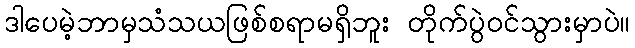
ဒါပေမဲ့ဘာမှသံသယဖြစ်စရာမရှိဘူး တိုက်ပွဲဝင်သွားမှာပဲ။